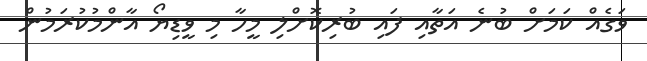
ވަގެއް ކަމަށް ބުނެ އަތާއި ފައި ބުރިކޮށްލި މީހާ މި ވީޑިޔޯ އާންމުކުރަމުން